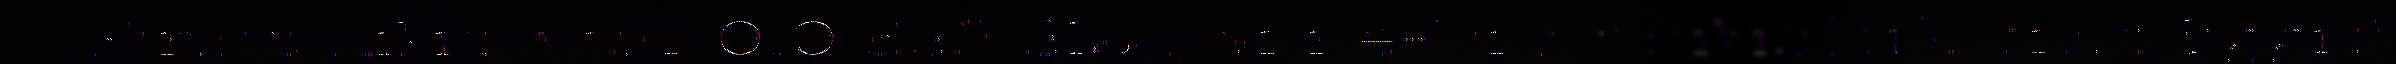
Kirste Aikio, puh. 010 839 3124, anne-kirste.aikio(at)samediggi.fi